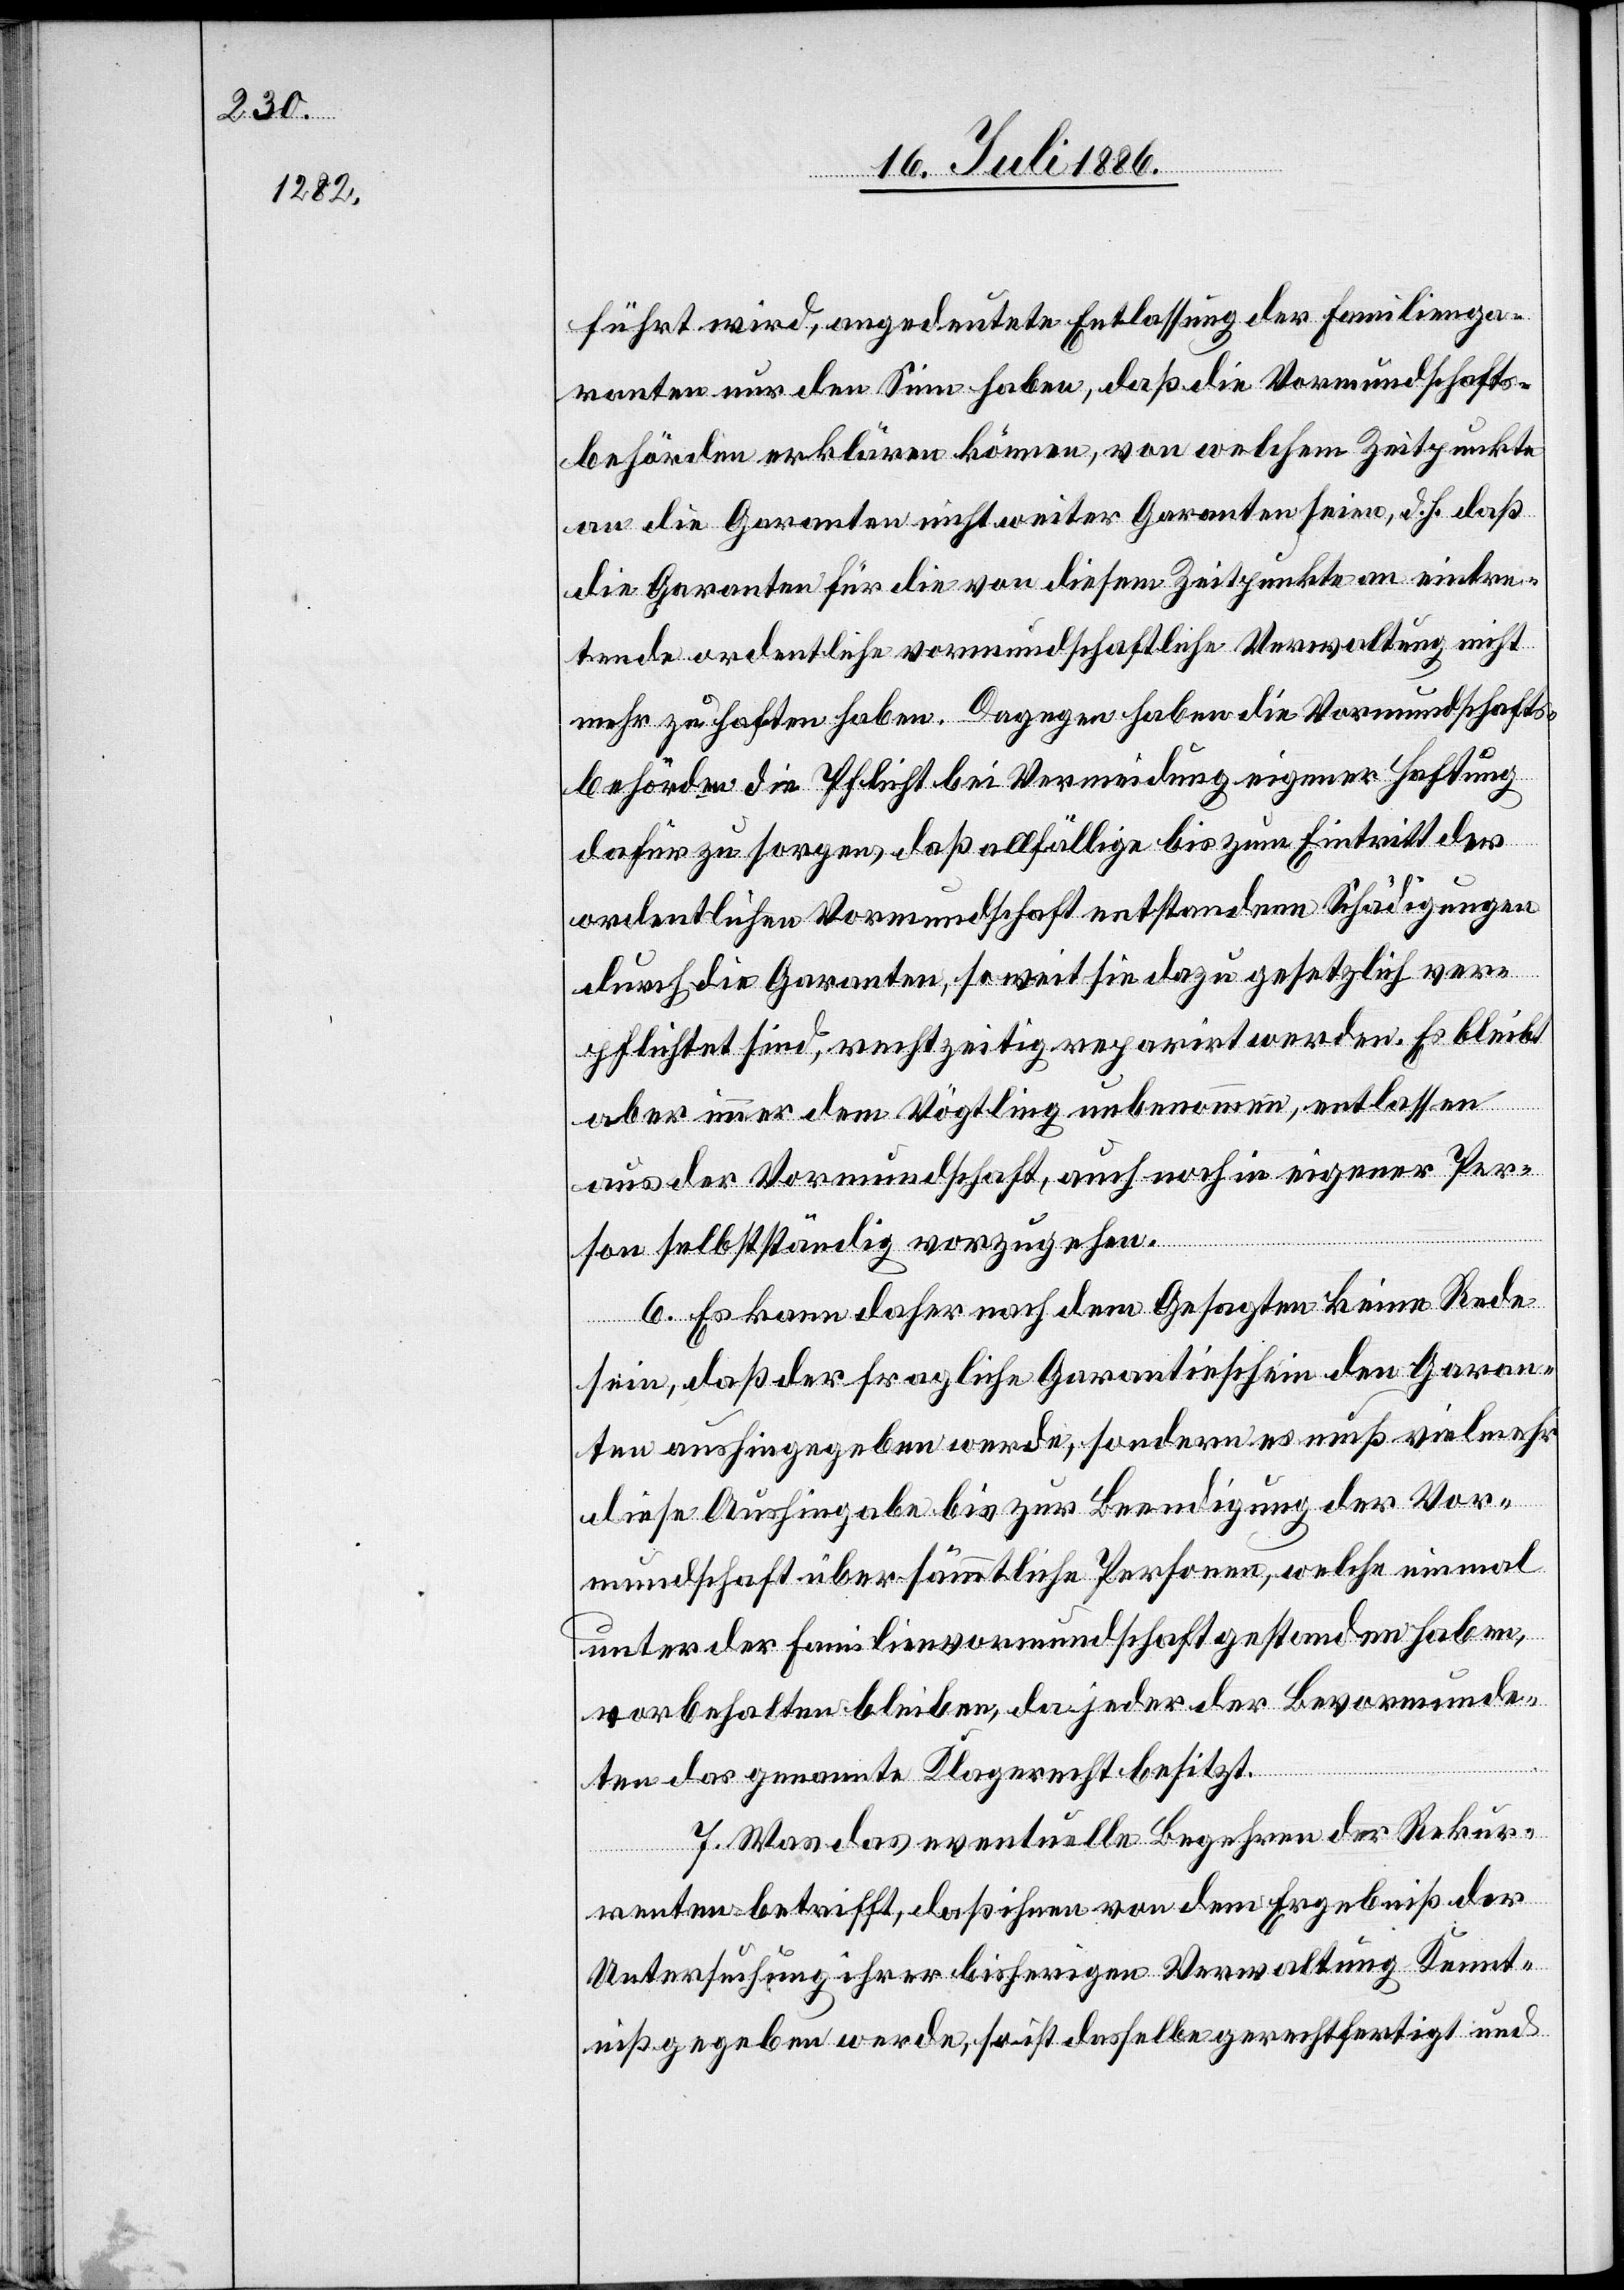
führt wird, angedeutete Entlassung der Familienga¬
ranten nur den Sinn haben, daß die Vormundschafts¬
behörden erklären können, von welchem Zeitpunkte
an die Garanten nicht weiter Garanten seien, d. h. daß
die Garanten für die von diesem Zeitpunkte an eintre¬
tende ordentliche vormundschaftliche Verwaltung nicht
mehr zu haften haben. Dagegen haben die Vormundschafts¬
behörden die Pflicht bei Vermeidung eigener Haftung
dafür zu sorgen, daß allfällige bis zum Eintritt der
ordentlichen Vormundschaft entstandene Schädigungen
durch die Garanten, so weit sie dazu gesetzlich ver¬
pflichtet sind, rechtzeitig reparirt werden. Es bleib
aber immer dem Vögtling unbenommen, entlassen
aus der Vormundschaft, auch noch in eigener Per¬
son selbstständig vorzugehen.
6. Es kann daher nach dem Gesagten keine Rede
sein, daß der fragliche Garantieschein den Garan¬
ten aushingegeben werde, sondern es muß vielmehr
diese Aushingabe bis zur Beendigung der Vor¬
mundschaft über sämmtliche Personen, welche einmal
unter der Familienvormundschaft gestanden haben,
vorbehalten bleiben, da jeder der Bevormunde¬
ten das genannte Klagerecht besitzt.
7. Was das eventuelle Begehren der Rekur¬
renten betrifft, daß ihnen von dem Ergebniß der
Untersuchung ihrer bisherigen Verwaltung Kennt¬
niß gegeben werde, so ist dasselbe gerechtfertigt und